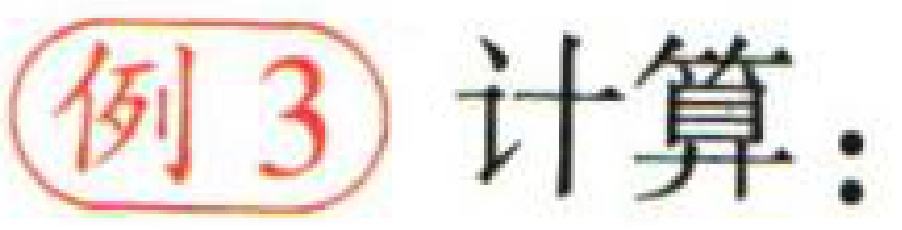
例 3 计算：